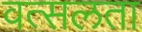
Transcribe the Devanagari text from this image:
वत्सलता